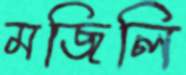
মজিলি